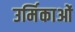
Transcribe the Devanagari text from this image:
उर्मिकाओं